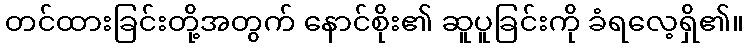
တင်ထားခြင်းတို့အတွက် နောင်စိုး၏ ဆူပူခြင်းကို ခံရလေ့ရှိ၏။